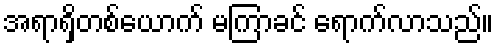
အရာရှိတစ်ယောက် မကြာခင် ရောက်လာသည်။